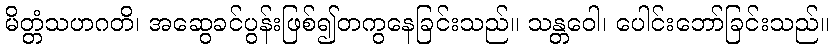
မိတ္တံသဟဂတိ၊ အဆွေခင်ပွန်းဖြစ်၍တကွနေခြင်းသည်။ သန္တဝေါ၊ ပေါင်းဘော်ခြင်းသည်။